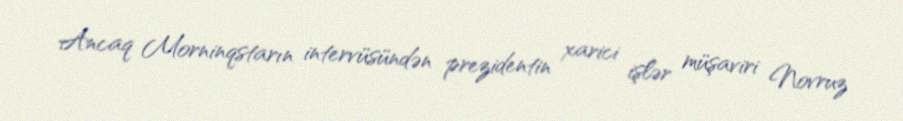
Ancaq Morninqstarın intervüsündən prezidentin xarici işlər müşaviri Novruz